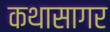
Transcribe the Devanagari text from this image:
कथासागर